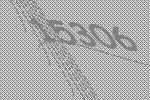
15306